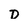
Character: D